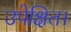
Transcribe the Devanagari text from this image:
उपेक्षित।